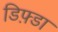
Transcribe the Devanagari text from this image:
डिफ़्डा